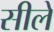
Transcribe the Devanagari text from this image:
सीले